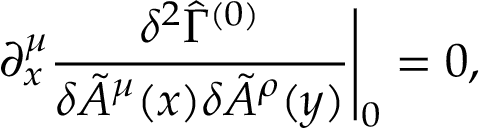
\partial _ { x } ^ { \mu } \frac { \delta ^ { 2 } \hat { \Gamma } ^ { ( 0 ) } } { \delta \tilde { A } ^ { \mu } ( x ) \delta \tilde { A } ^ { \rho } ( y ) } \Bigg | _ { 0 } = 0 ,